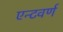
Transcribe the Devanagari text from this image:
एन्टवर्ण